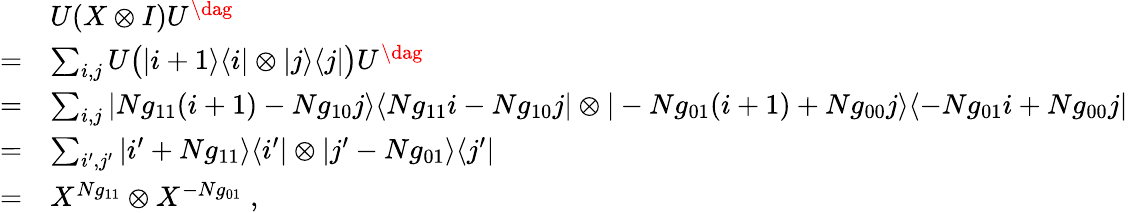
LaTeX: \begin{array}{rl}&{U(X\otimes I)U^{\dag}}\\ {=}&{\sum_{i,j}U\big(|i+1\rangle\langle i|\otimes|j\rangle\langle j|\big)U^{\dag}}\\ {=}&{\sum_{i,j}|Ng_{11}(i+1)-Ng_{10}j\rangle\langle Ng_{11}i-Ng_{10}j|\otimes|-Ng_{01}(i+1)+Ng_{00}j\rangle\langle-Ng_{01}i+Ng_{00}j|}\\ {=}&{\sum_{i^{\prime},j^{\prime}}|i^{\prime}+Ng_{11}\rangle\langle i^{\prime}|\otimes|j^{\prime}-Ng_{01}\rangle\langle j^{\prime}|}\\ {=}&{X^{Ng_{11}}\otimes X^{-Ng_{01}}\; ,}\end{array}